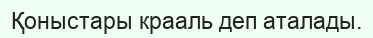
Қоныстары крааль деп аталады.